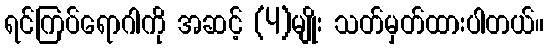
ရင်ကြပ်ရောဂါကို အဆင့် (4)မျိုး သတ်မှတ်ထားပါတယ်။